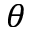
\theta